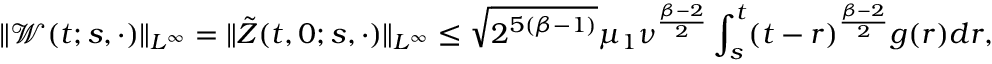
\| \mathcal { W } ( t ; s , \cdot ) \| _ { L ^ { \infty } } = \| \tilde { Z } ( t , 0 ; s , \cdot ) \| _ { L ^ { \infty } } \leq \sqrt { 2 ^ { 5 ( \beta - 1 ) } } \mu _ { 1 } \nu ^ { \frac { \beta - 2 } { 2 } } \int _ { s } ^ { t } ( t - r ) ^ { \frac { \beta - 2 } { 2 } } g ( r ) d r ,